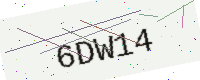
Text: 6DW14